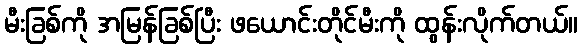
မီးခြစ်ကို အမြန်ခြစ်ပြီး ဖယောင်းတိုင်မီးကို ထွန်းလိုက်တယ်။